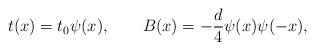
LaTeX: \begin{align*}t(x)=t_{0}\psi(x),\qquad B(x)=-{d\over4}\psi(x)\psi(-x),\end{align*}